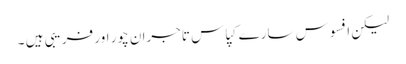
لیکن افسوس سارے کپاس تاجران چور اور فریبی ہیں ۔